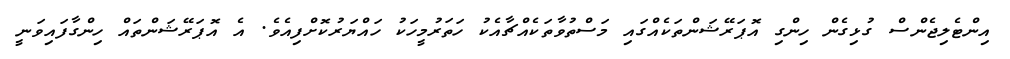
އިންޓެލިޖެންސް ގުޅިގެން ހިންގި އޮޕަރޭޝަންތަކެއްގައި މަސްތުވާތަކެއްޗާއެކު ހަތަރުމީހަކު ހައްޔަރުކޮށްފިއެވެ. އެ އޮޕަރޭޝަންތައް ހިންގާފައިވަނީ